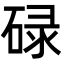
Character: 碌